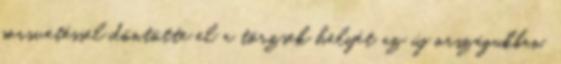
sorsvetéssel döntötte el a törzsek helyét az új országukban.